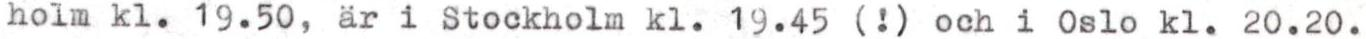
holm kl. 19.50, är i Stockholm kl. 19.45 (!) och i Oslo kl. 20.20.